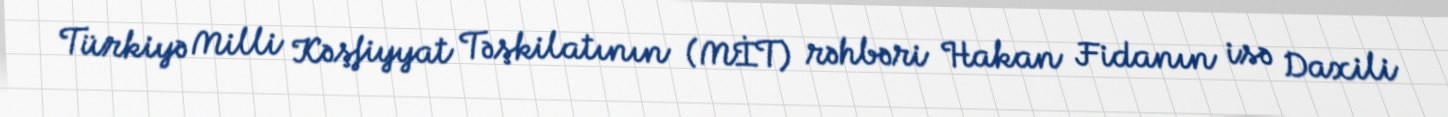
Türkiyə Milli Kəşfiyyat Təşkilatının (MİT) rəhbəri Hakan Fidanın isə Daxili